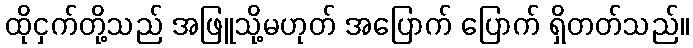
ထိုငှက်တို့သည် အဖြူသို့မဟုတ် အပြောက် ပြောက် ရှိတတ်သည်။